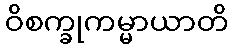
ဝိစက္ခုကမ္မာယာတိ